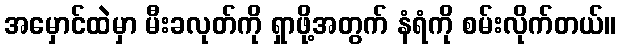
အမှောင်ထဲမှာ မီးခလုတ်ကို ရှာဖို့အတွက် နံရံကို စမ်းလိုက်တယ်။